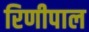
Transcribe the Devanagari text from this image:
रिणीपाल